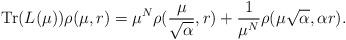
LaTeX: \begin{align*}\textrm{Tr}(L(\mu))\rho(\mu,r)=\mu^N\rho(\frac{\mu}{\sqrt{\alpha}},r)+\frac{1}{\mu^N}\rho(\mu\sqrt{\alpha},\alpha r).\end{align*}